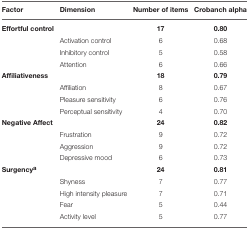
<table><thead><tr><td><b>Factor</b></td><td><b>Dimension</b></td><td><b>Number of items</b></td><td><b>Crobanch alpha</b></td></tr></thead><tbody><tr><td><b>Effortful control</b></td><td></td><td><b>17</b></td><td><b>0.80</b></td></tr><tr><td></td><td>Activation control</td><td>6</td><td>0.68</td></tr><tr><td></td><td>Inhibitory control</td><td>5</td><td>0.58</td></tr><tr><td></td><td>Attention</td><td>6</td><td>0.66</td></tr><tr><td><b>Affiliativeness</b></td><td></td><td><b>18</b></td><td><b>0.79</b></td></tr><tr><td></td><td>Affiliation</td><td>8</td><td>0.67</td></tr><tr><td></td><td>Pleasure sensitivity</td><td>6</td><td>0.76</td></tr><tr><td></td><td>Perceptual sensitivity</td><td>4</td><td>0.70</td></tr><tr><td><b>Negative Affect</b></td><td></td><td><b>24</b></td><td><b>0.82</b></td></tr><tr><td></td><td>Frustration</td><td>9</td><td>0.72</td></tr><tr><td></td><td>Aggression</td><td>9</td><td>0.72</td></tr><tr><td></td><td>Depressive mood</td><td>6</td><td>0.73</td></tr><tr><td><b>Surgency</b><sup>a</sup></td><td></td><td><b>24</b></td><td><b>0.81</b></td></tr><tr><td></td><td>Shyness</td><td>7</td><td>0.77</td></tr><tr><td></td><td>High intensity pleasure</td><td>7</td><td>0.71</td></tr><tr><td></td><td>Fear</td><td>5</td><td>0.44</td></tr><tr><td></td><td>Activity level</td><td>5</td><td>0.77</td></tr></tbody></table>